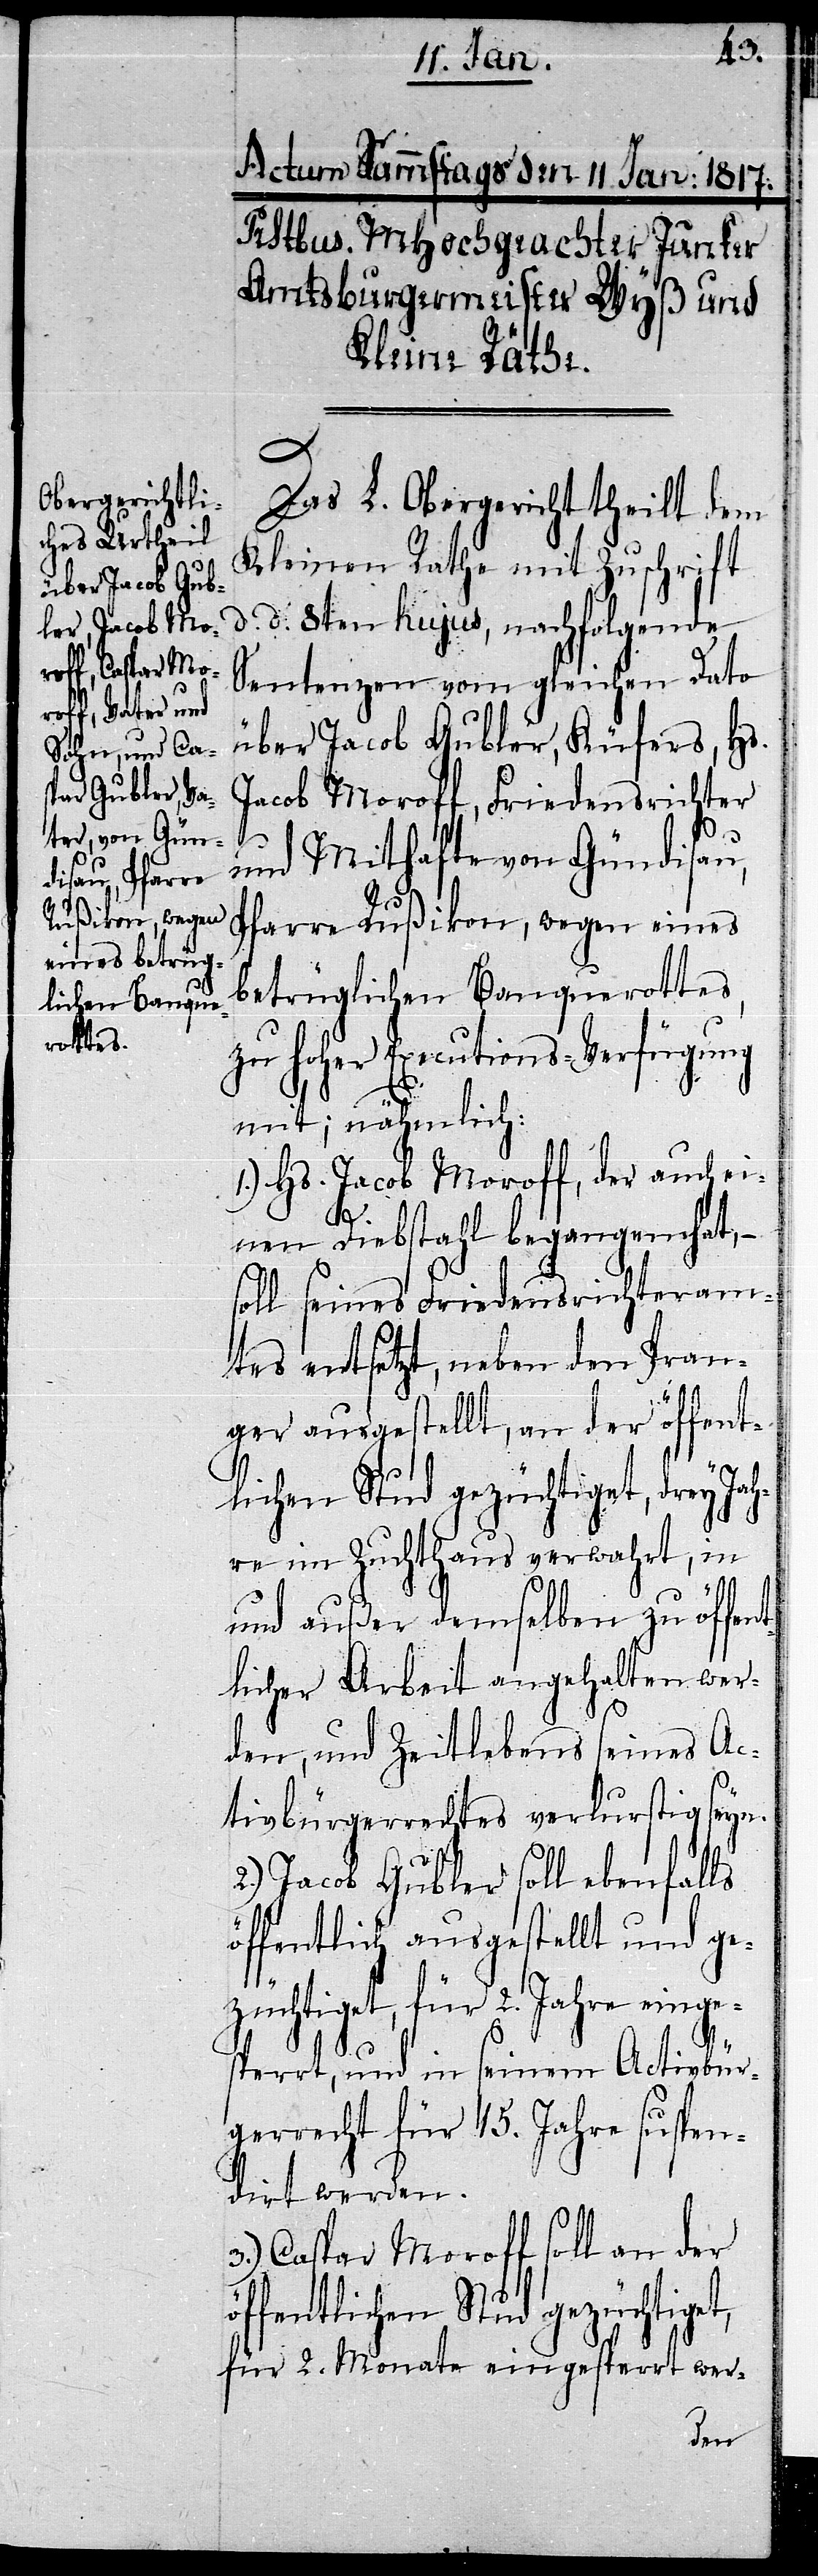
Das L. Obergericht theilt dem
Kleinen Rathe mit Zuschrift
d. 8ten hujus, nachfolgende
Sentenzen vom gleichen Dato
über Jacob Gubler, Küfers, Hs.
Jacob Moroff, Friedensrichter
d.
und Mithafte von Gündisau,
Pfarre Rußikon, wegen eines
betrüglichen Banquerottes,
zu hoher Executions-Verfügung
mit; nähmlich:
1.) Hs. Jacob Moroff, der auch ei¬
nen Diebstahl begangen hat, –
soll seines Friedensrichteram¬
tes entsetzt, neben den Pran¬
ger ausgestellt, an der öffent¬
lichen Stud gezüchtiget, drey Ja¬
hre im Zuchthaus verwahrt, in
und außer demselben zu öffen¬
tlicher Arbeit angehalten wer¬
den, und Zeitlebens seines Ac¬
tivbürgerrechtes verlurstig seyn.
2.) Jacob Gubler soll ebenfalls
öffentlich ausgestellt und ge¬
züchtiget, für 2. Jahre einge¬
sperrt, und in seinem Activbür¬
gerrecht für 15. Jahre suspen¬
dirt werden.
3.) Caspar Moroff soll an der
öffentlichen Stud gezüchtiget,
für 2. Monate eingesperrt wer-